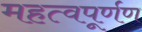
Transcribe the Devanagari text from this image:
महत्वपूर्णण